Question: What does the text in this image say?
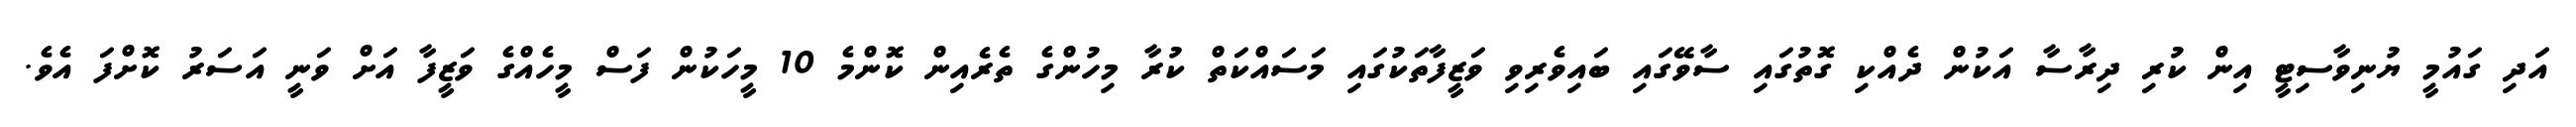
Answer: އަދި ގައުމީ ޔުނިވާސިޓީ އިން ކުރި ދިރާސާ އަކުން ދެއްކި ގޮތުގައި ސާވޭގައި ބައިވެރިވި ވަޒީފާތަކުގައި މަސައްކަތް ކުރާ މިހުންގެ ތެރެއިން ކޮންމެ 10 މީހަކުން ފަސް މީހެއްގެ ވަޒީފާ އަށް ވަނީ އަސަރު ކޮށްފަ އެވެ.